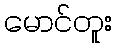
မောင်တူး